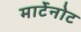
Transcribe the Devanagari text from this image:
मार्टेनोट